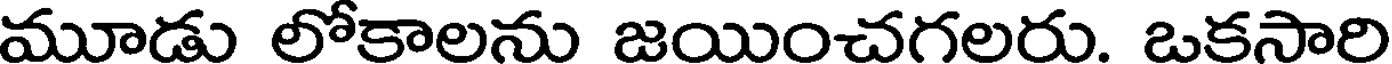
మూడు లోకాలను జయించగలరు. ఒకసారి